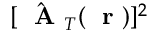
[ \hat { \mathrm { ~ \bf ~ A ~ } } _ { T } ( \mathrm { ~ \bf ~ r ~ } ) ] ^ { 2 }